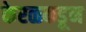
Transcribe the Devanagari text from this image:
केरळकडून